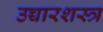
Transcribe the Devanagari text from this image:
उच्चारशस्त्र